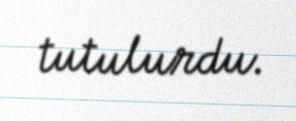
tutulurdu.